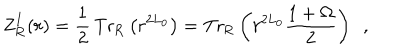
\mathrm { Z } _ { \mathrm { R } } ^ { I } ( r ) = \frac { 1 } { 2 } \, \mathrm { T r } _ { \mathrm { R } } \left( r ^ { 2 L _ { 0 } } \right) = \mathrm { T r } _ { \mathrm { R } } \left( r ^ { 2 L _ { 0 } } { \frac { 1 + \Omega } { 2 } } \right) ~ ~ ,